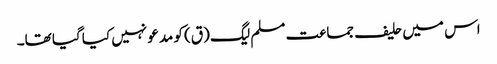
اس میں حلیف جماعت مسلم لیگ (ق) کو مدعو نہیں کیا گیا تھا۔